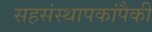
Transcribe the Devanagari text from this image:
सहसंस्थापकांपैकी